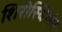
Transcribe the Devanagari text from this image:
शिरोस्थिभंग